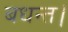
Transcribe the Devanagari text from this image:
बधन्त।